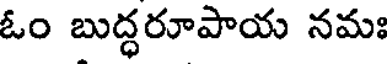
ఓం బుద్ధరూపాయ నమః